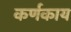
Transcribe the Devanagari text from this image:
कर्णकाय